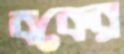
বকের